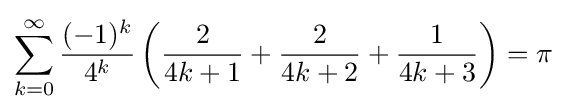
\sum _{k=0}^{\infty }{\frac {(-1)^{k}}{4^{k}}}\left({\frac {2}{4k+1}}+{\frac {2}{4k+2}}+{\frac {1}{4k+3}}\right)=\pi